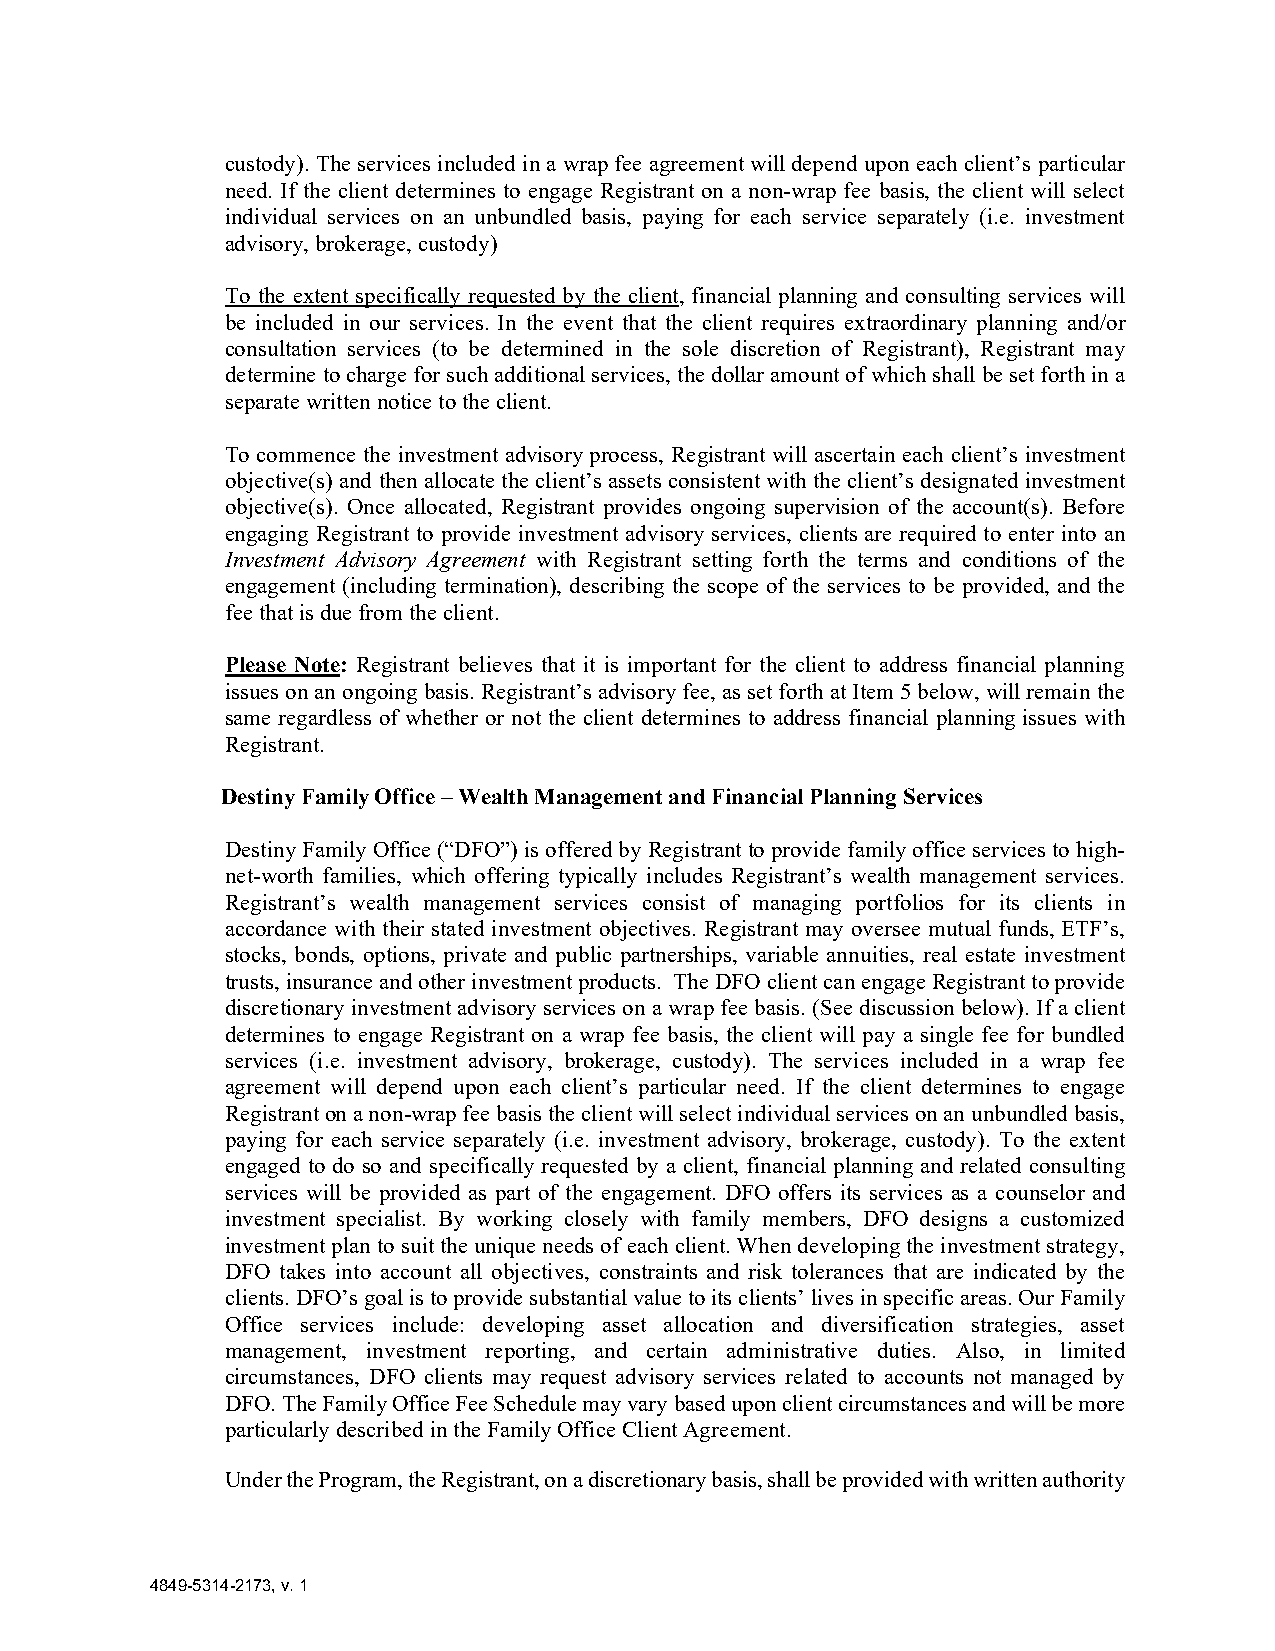
custody). The services included in a wrap fee agreement will depend upon each client’s particular
 need. If the client determines to engage Registrant on a non-wrap fee basis, the client will select
 individual services on an unbundled basis, paying for each service separately (i.e. investment
 advisory, brokerage, custody)
 To the extent specifically requested by the client, financial planning and consulting services will
 be included in our services. In the event that the client requires extraordinary planning and/or
 consultation services (to be determined in the sole discretion of Registrant), Registrant may
 determine to charge for such additional services, the dollar amount of which shall be set forth in a
 separate written notice to the client.
 To commence the investment advisory process, Registrant will ascertain each client’s investment
 objective(s) and then allocate the client’s assets consistent with the client’s designated investment
 objective(s). Once allocated, Registrant provides ongoing supervision of the account(s). Before
 engaging Registrant to provide investment advisory services, clients are required to enter into an
 Investment Advisory Agreement with Registrant setting forth the terms and conditions of the
 engagement (including termination), describing the scope of the services to be provided, and the
 fee that is due from the client.
 Please Note: Registrant believes that it is important for the client to address financial planning
 issues on an ongoing basis. Registrant’s advisory fee, as set forth at Item 5 below, will remain the
 same regardless of whether or not the client determines to address financial planning issues with
 Registrant.
 Destiny Family Office – Wealth Management and Financial Planning Services
 Destiny Family Office (“DFO”) is offered by Registrant to provide family office services to high-
 net-worth families, which offering typically includes Registrant’s wealth management services.
 Registrant’s wealth management services consist of managing portfolios for its clients in
 accordance with their stated investment objectives. Registrant may oversee mutual funds, ETF’s,
 stocks, bonds, options, private and public partnerships, variable annuities, real estate investment
 trusts, insurance and other investment products. The DFO client can engage Registrant to provide
 discretionary investment advisory services on a wrap fee basis. (See discussion below). If a client
 determines to engage Registrant on a wrap fee basis, the client will pay a single fee for bundled
 services (i.e. investment advisory, brokerage, custody). The services included in a wrap fee
 agreement will depend upon each client’s particular need. If the client determines to engage
 Registrant on a non-wrap fee basis the client will select individual services on an unbundled basis,
 paying for each service separately (i.e. investment advisory, brokerage, custody). To the extent
 engaged to do so and specifically requested by a client, financial planning and related consulting
 services will be provided as part of the engagement. DFO offers its services as a counselor and
 investment specialist. By working closely with family members, DFO designs a customized
 investment plan to suit the unique needs of each client. When developing the investment strategy,
 DFO takes into account all objectives, constraints and risk tolerances that are indicated by the
 clients. DFO’s goal is to provide substantial value to its clients’ lives in specific areas. Our Family
 Office services include: developing asset allocation and diversification strategies, asset
 management, investment reporting, and certain administrative duties. Also, in limited
 circumstances, DFO clients may request advisory services related to accounts not managed by
 DFO. The Family Office Fee Schedule may vary based upon client circumstances and will be more
 particularly described in the Family Office Client Agreement.
 Under the Program, the Registrant, on a discretionary basis, shall be provided with written authority
 4849-5314-2173, v. 1